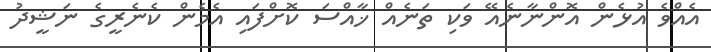
އެއްވެ އުޅެން އޮންނާނެއޭ ވަކި ތަނެއް ޚާއްސަ ކޮށްފައި އެމެން ކެނެރީގެ ނަޝީދު